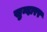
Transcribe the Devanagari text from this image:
सुन्दारर